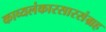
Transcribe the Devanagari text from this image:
काव्यलंकारसारसंग्रह